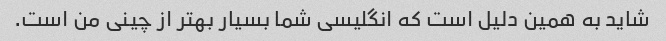
شاید به همین دلیل است که انگلیسی شما بسیار بهتر از چینی من است.